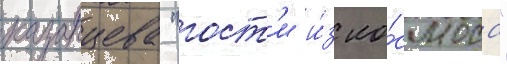
казанцева "гост'и и́з ко́смоса"